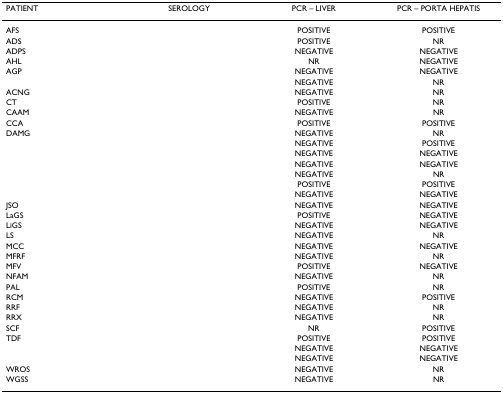
<table><thead><tr><td><b>PATIENT</b></td><td><b>SEROLOGY</b></td><td><b>PCR – LIVER</b></td><td><b>PCR – PORTA HEPATIS</b></td></tr></thead><tbody><tr><td>AFS</td><td>[EMPTY_CELL]</td><td>POSITIVE</td><td>POSITIVE</td></tr><tr><td>ADS</td><td>[EMPTY_CELL]</td><td>POSITIVE</td><td>NR</td></tr><tr><td>ADPS</td><td>[EMPTY_CELL]</td><td>NEGATIVE</td><td>NEGATIVE</td></tr><tr><td>AHL</td><td>[EMPTY_CELL]</td><td>NR</td><td>NEGATIVE</td></tr><tr><td>AGP</td><td>[EMPTY_CELL]</td><td>NEGATIVE</td><td>NEGATIVE</td></tr><tr><td>[EMPTY_CELL]</td><td>[EMPTY_CELL]</td><td>NEGATIVE</td><td>NR</td></tr><tr><td>ACNG</td><td>[EMPTY_CELL]</td><td>NEGATIVE</td><td>NR</td></tr><tr><td>CT</td><td>[EMPTY_CELL]</td><td>POSITIVE</td><td>NR</td></tr><tr><td>CAAM</td><td>[EMPTY_CELL]</td><td>NEGATIVE</td><td>NR</td></tr><tr><td>CCA</td><td>[EMPTY_CELL]</td><td>POSITIVE</td><td>POSITIVE</td></tr><tr><td>DAMG</td><td>[EMPTY_CELL]</td><td>NEGATIVE</td><td>NR</td></tr><tr><td>[EMPTY_CELL]</td><td>[EMPTY_CELL]</td><td>NEGATIVE</td><td>POSITIVE</td></tr><tr><td>[EMPTY_CELL]</td><td>[EMPTY_CELL]</td><td>NEGATIVE</td><td>NEGATIVE</td></tr><tr><td>[EMPTY_CELL]</td><td>[EMPTY_CELL]</td><td>NEGATIVE</td><td>NEGATIVE</td></tr><tr><td>[EMPTY_CELL]</td><td>[EMPTY_CELL]</td><td>NEGATIVE</td><td>NR</td></tr><tr><td>[EMPTY_CELL]</td><td>[EMPTY_CELL]</td><td>POSITIVE</td><td>POSITIVE</td></tr><tr><td>[EMPTY_CELL]</td><td>[EMPTY_CELL]</td><td>NEGATIVE</td><td>NEGATIVE</td></tr><tr><td>JSO</td><td>[EMPTY_CELL]</td><td>NEGATIVE</td><td>NEGATIVE</td></tr><tr><td>LaGS</td><td>[EMPTY_CELL]</td><td>POSITIVE</td><td>NEGATIVE</td></tr><tr><td>LiGS</td><td>[EMPTY_CELL]</td><td>NEGATIVE</td><td>NEGATIVE</td></tr><tr><td>LS</td><td>[EMPTY_CELL]</td><td>NEGATIVE</td><td>NR</td></tr><tr><td>MCC</td><td>[EMPTY_CELL]</td><td>NEGATIVE</td><td>NEGATIVE</td></tr><tr><td>MFRF</td><td>[EMPTY_CELL]</td><td>NEGATIVE</td><td>NR</td></tr><tr><td>MFV</td><td>[EMPTY_CELL]</td><td>POSITIVE</td><td>NEGATIVE</td></tr><tr><td>NFAM</td><td>[EMPTY_CELL]</td><td>NEGATIVE</td><td>NR</td></tr><tr><td>PAL</td><td>[EMPTY_CELL]</td><td>POSITIVE</td><td>NR</td></tr><tr><td>RCM</td><td>[EMPTY_CELL]</td><td>NEGATIVE</td><td>POSITIVE</td></tr><tr><td>RRF</td><td>[EMPTY_CELL]</td><td>NEGATIVE</td><td>NR</td></tr><tr><td>RRX</td><td>[EMPTY_CELL]</td><td>NEGATIVE</td><td>NR</td></tr><tr><td>SCF</td><td>[EMPTY_CELL]</td><td>NR</td><td>POSITIVE</td></tr><tr><td>TDF</td><td>[EMPTY_CELL]</td><td>POSITIVE</td><td>POSITIVE</td></tr><tr><td>[EMPTY_CELL]</td><td>[EMPTY_CELL]</td><td>NEGATIVE</td><td>NEGATIVE</td></tr><tr><td>[EMPTY_CELL]</td><td>[EMPTY_CELL]</td><td>NEGATIVE</td><td>NEGATIVE</td></tr><tr><td>WROS</td><td>[EMPTY_CELL]</td><td>NEGATIVE</td><td>NR</td></tr><tr><td>WGSS</td><td>[EMPTY_CELL]</td><td>NEGATIVE</td><td>NR</td></tr></tbody></table>